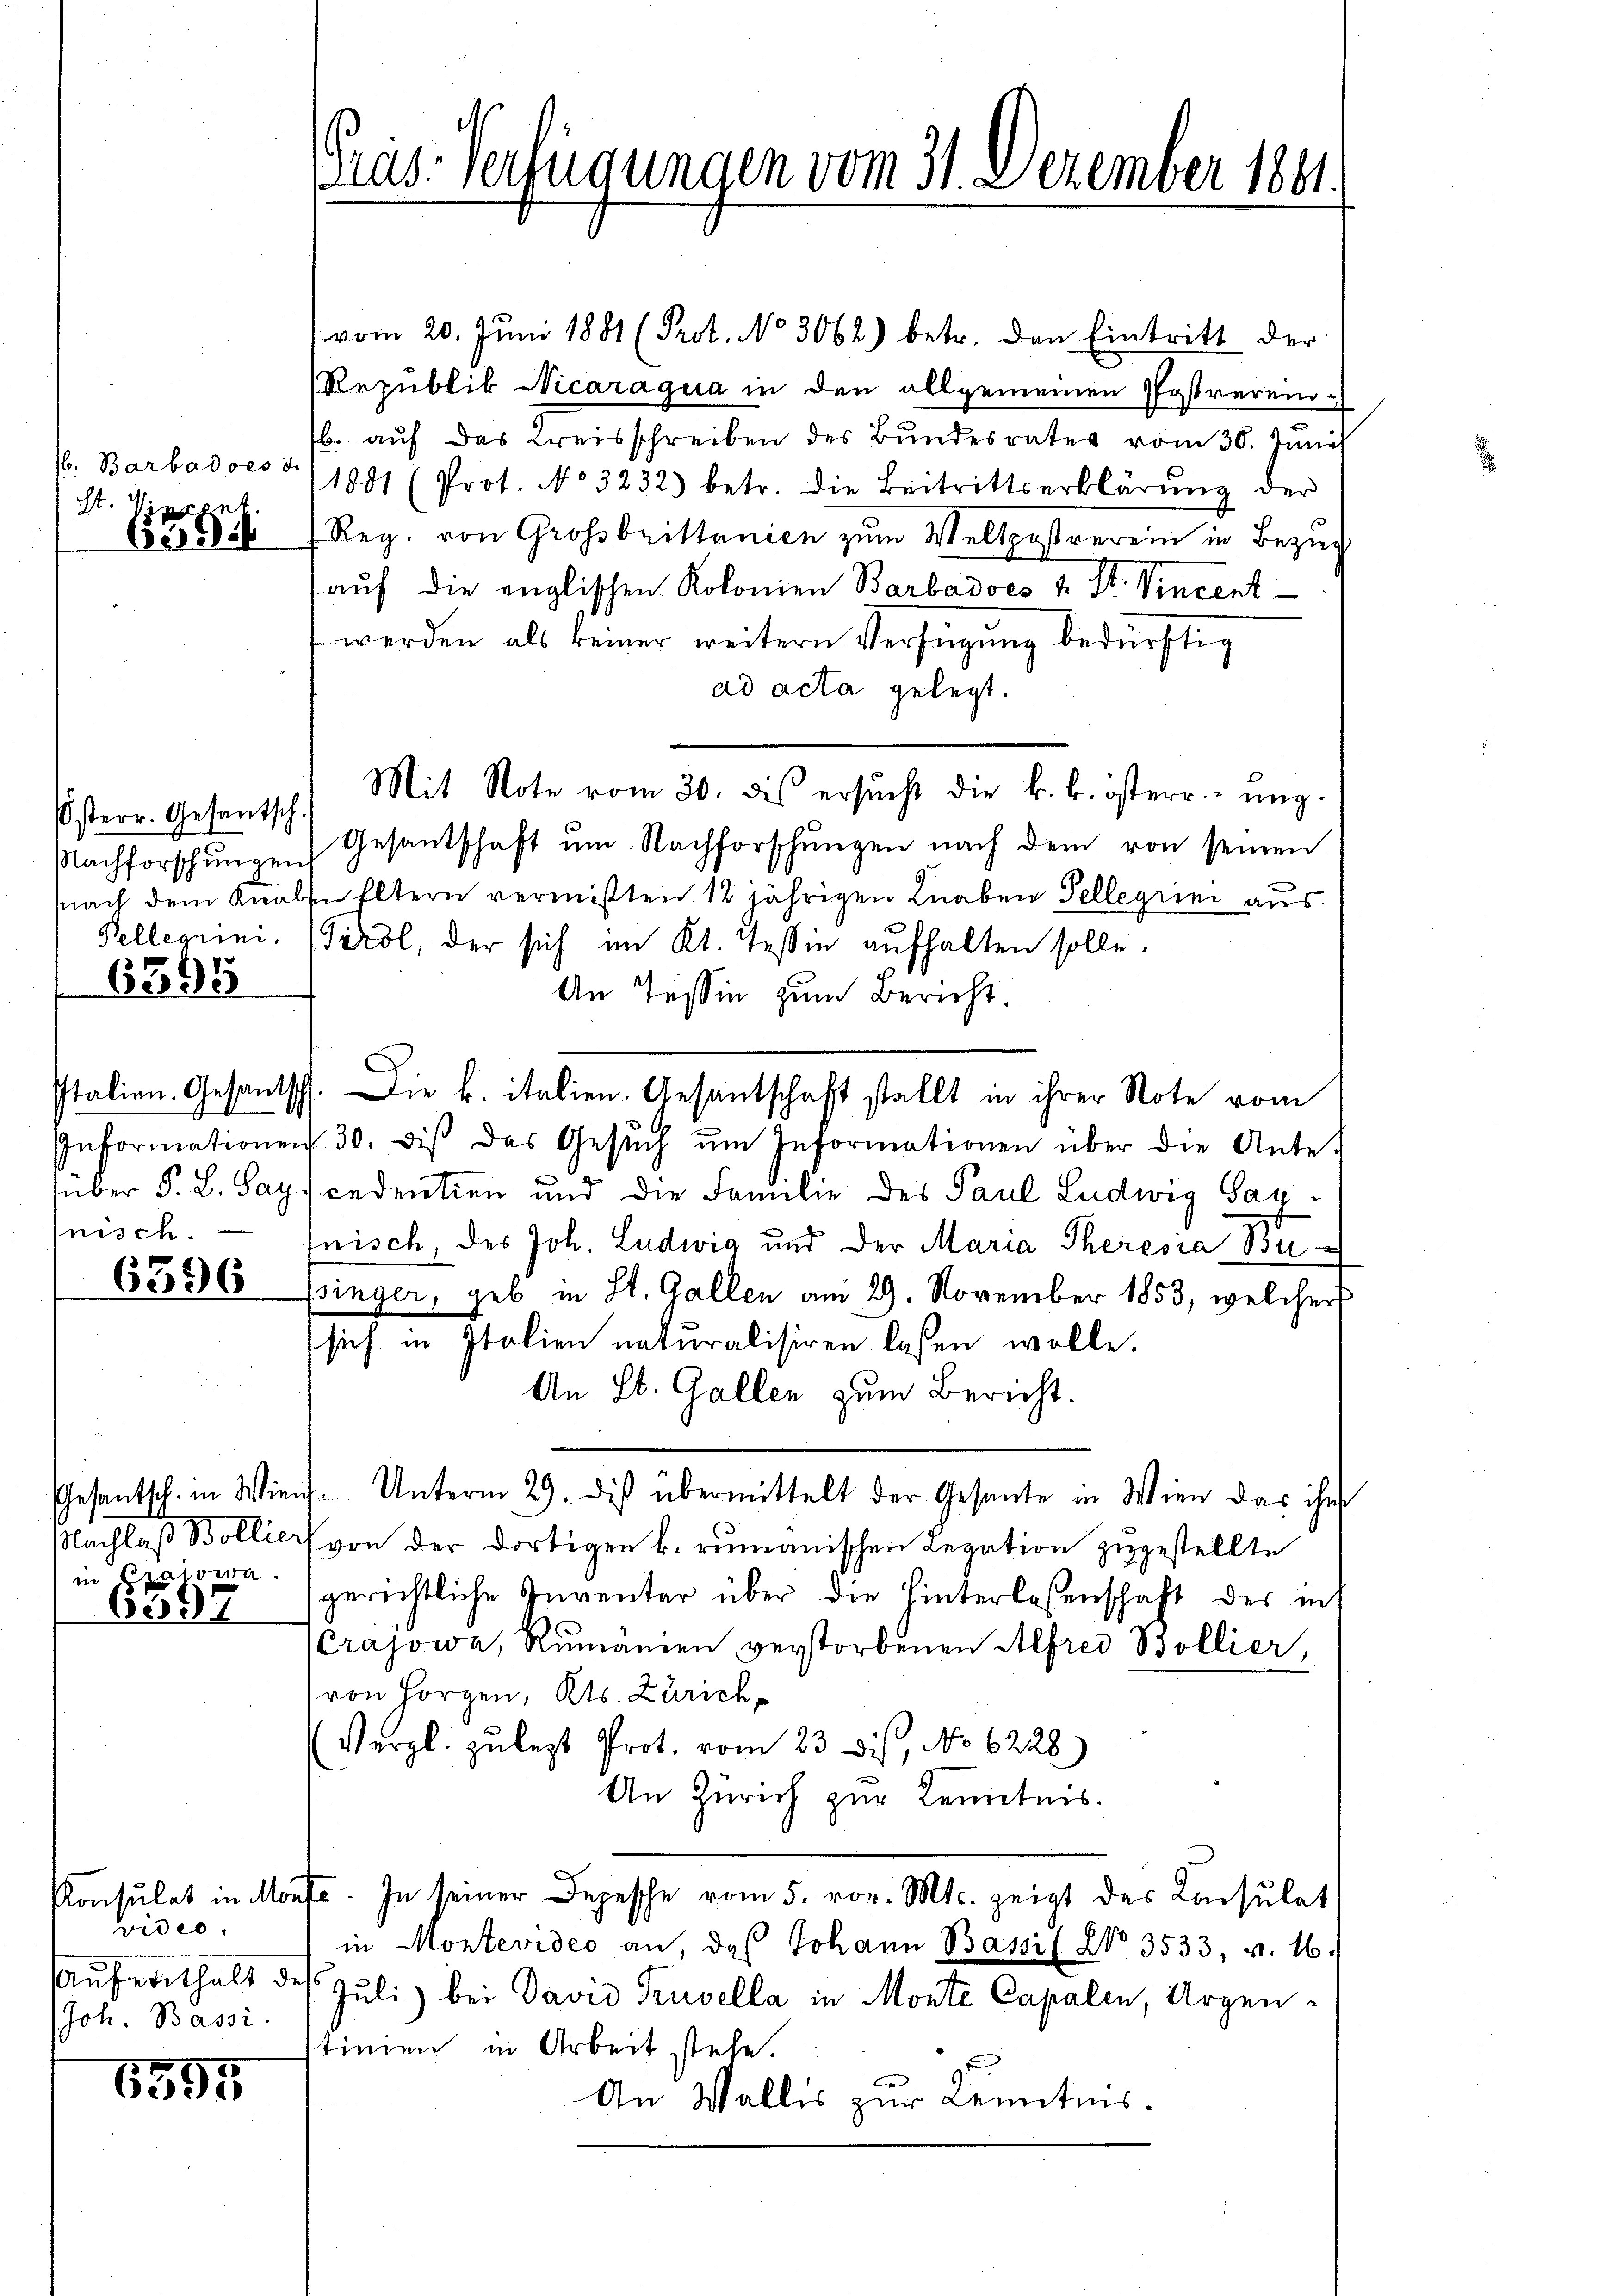
b. Barbadoes d
St. Vinzen
686

Österr. Gesantsch.

6595

über P. L. Sag
nisch.

6396

Gesantsch. in Wien
Nachlaß Bollier
in Pratowa.

6397

Konsulat in Mön
video
Aufenthalt de
Joh. Bassi

6595

Mad: Verfügungen vom 31. Dezember 1881.

vom 20. Jŭni 1881 (Prot. No. 3062) betr. den Eintritt der
Republik Nicaraqua in den allgemeinen Postvereib. aŭf das Kreisschreiben des Bŭndesrates vom 30. Juni
1881 (Prot. No 3232. betr. die Beitrittserklärŭng der
Reg. von Grossbrittanien zum Weltpostrerein in Bezug
auf die englischen Kolonien Barbadoes 4. St. Vincent
werden als keiner weitern Verfügung bedürftig
ad acta gelegt.
Mit Note vom 30. des ersŭcht die k. k. österr.- ŭng.
Nachforschŭngen Gesantschaft ŭm Nachforschŭngen nach dem von seinen
Nach dem Knaben Eltern vermißten 12 jährigen Knaben Tellegrini aus
Pellegiini, Tirol, der sich im Kt. Tessin aufhalten solle.
An Tessin zum Bericht.
Italien. Gesantsch. Die k. italien. Gesantschaft stellt in ihrer Note vom
Informationen 30. diβ das Gesŭch ŭm Informationen über die Ante-
cedentien und die Familie des Paul Ludwig Saynisch, des Joh. Ludwig und der Maria Theresia Bu
pinger, geb in St. Gallen am 29. November 1853, welcher
sich in Italien naturalisiren lassen wolle.
An St. Gallen zum Bericht.
 Unterm 29. des übermittelt der Gesante in Wien das ihr
(von der dortigen k. rumänischen Legation zugestellte
gerichtliche Inventar über die Hinterlesenschaft der ins
rajowa, Rumänien verstorbenen Alfred Bollier,
von Horgen, Kts. Zürich,
Vergl. zu legt Prot. vom 23. dis, No 6228)
An Zürich zur Kenntnis.
fe. In seiner Depesche vom 5. vor. Mts. zeigt des Konsulat
in Montevideo an, daß Johann Bassif No 3533, v. 16.
¬
Juli) bei David Truvella in Monte Capalen, Argen-
tinien in Arbeit stehe.
An Wallis zur Kenntnis.